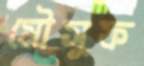
মৌসুফ